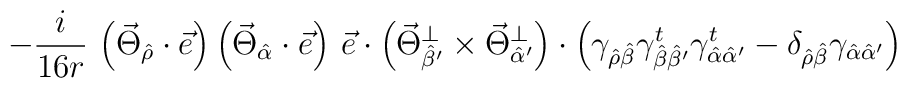
- \frac{i}{16 r} \,   \left( \vec{\Theta}_{\hat{\rho}}  \cdot \vec{e} \right)  \left( \vec{\Theta}_{\hat{\alpha}}  \cdot \vec{e} \right)  \, \vec{e} \cdot  \left( \vec{\Theta}_{\hat{\beta}'}^{\bot } \times \vec{\Theta}_{\hat{\alpha}'}^{\bot } \right) \cdot \left( \gamma_{\hat{\rho }\hat{\beta}}      \gamma_{\hat{\beta }\hat{\beta}'}^t      \gamma_{\hat{\alpha }\hat{\alpha}'}^t - \delta_{\hat{\rho} \hat{\beta}}      \gamma_{\hat{\alpha }\hat{\alpha}'} \right)